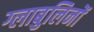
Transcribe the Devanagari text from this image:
ग्लाबुलिनों